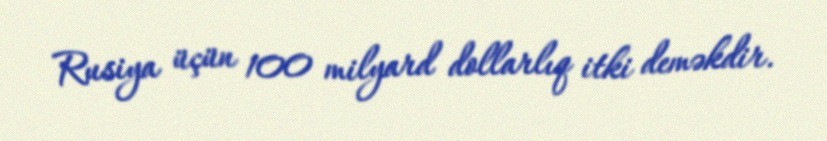
Rusiya üçün 100 milyard dollarlıq itki deməkdir.